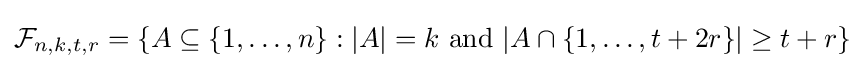
{\mathcal {F}}_{n,k,t,r}=\{A\subseteq \{1,\dots ,n\}:|A|=k{\text{ and }}|A\cap \{1,\dots ,t+2r\}|\geq t+r\}